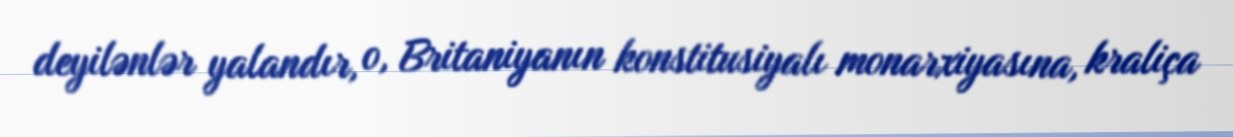
deyilənlər yalandır, o, Britaniyanın konstitusiyalı monarxiyasına, kraliça